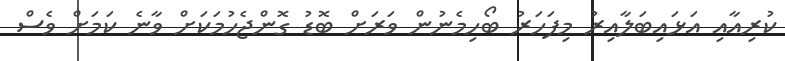
ކުރިއާއި އަޅައިބަލާއިރު މިފަހަރު ބޯހިމެނުން ވަރަށް ބޮޑު ގޮންޖެހުމަކަށް ވާނެ ކަމަށް ވެސް